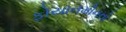
ફોયાનમૌનનો